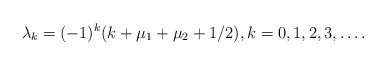
\begin{align*} \lambda_k=(-1)^{k}(k+\mu_1+\mu_2+1/2),k=0,1,2,3,\ldots.\end{align*}